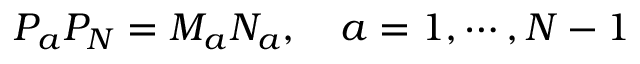
P _ { a } P _ { N } = M _ { a } N _ { a } , \ \ \ a = 1 , \cdots , N - 1